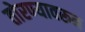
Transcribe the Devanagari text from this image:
तोरण्यावरून